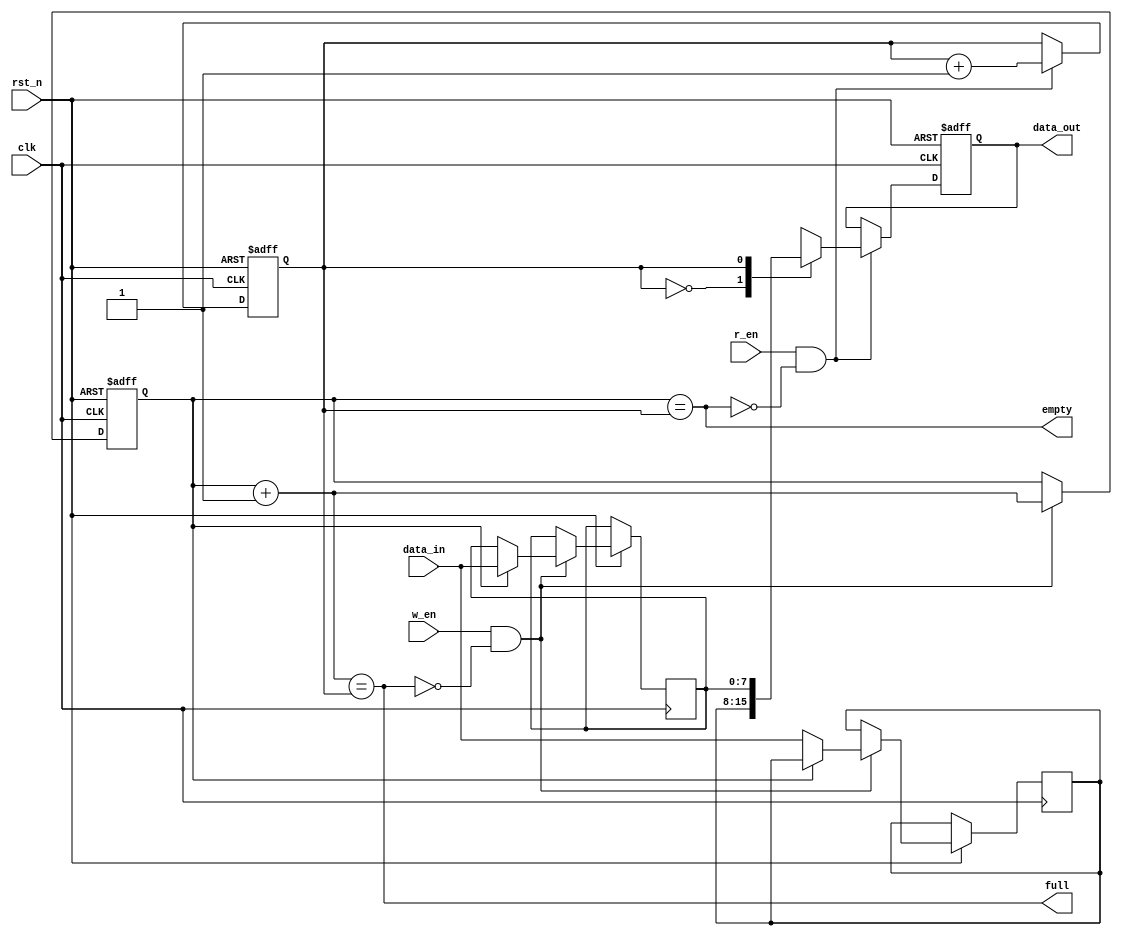
module synchronous_fifo #(parameter DEPTH=2, DATA_WIDTH=8) (
  input wire clk, 
  input wire rst_n,
  input wire w_en, 
  input wire r_en,
  input [DATA_WIDTH-1:0] data_in,
  output reg [DATA_WIDTH-1:0] data_out,
  output wire full, empty
);
  
  reg [$clog2(DEPTH)-1:0] w_ptr, r_ptr;
  reg [DATA_WIDTH-1:0] fifo[DEPTH];
  
  // Set Default values on reset.
  always@(posedge clk or negedge rst_n) begin
    if (!rst_n) begin
      w_ptr <= 0; r_ptr <= 0;
      data_out <= 0;
      
    end else begin
      if (w_en & !full) begin
        fifo[w_ptr] <= data_in;
        w_ptr <= w_ptr + 1;
      end
      
      if (r_en & !empty) begin
        data_out <= fifo[r_ptr];
        r_ptr <= r_ptr + 1;
      end
    end
  end

  assign full = ((w_ptr+1'b1) == r_ptr);
  assign empty = (w_ptr == r_ptr);


endmodule